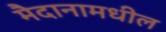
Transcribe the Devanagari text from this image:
मैदानामधील